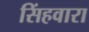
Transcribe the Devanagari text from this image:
सिंहवारा